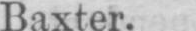
Baxter.